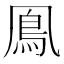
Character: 鳯